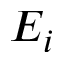
E _ { i }